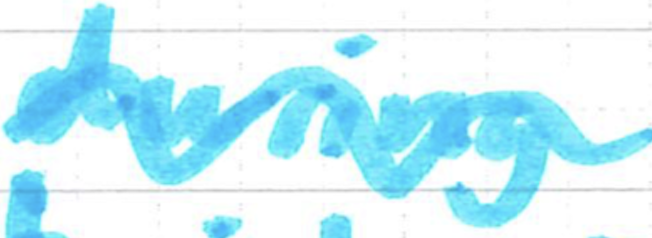
Text: during
Cross-out: wave
Writing tool: marker